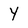
Character: y